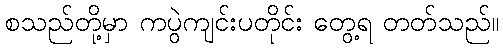
စသည်တို့မှာ ကပွဲကျင်းပတိုင်း တွေ့ရ တတ်သည်။